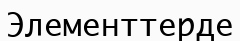
Элементтерде